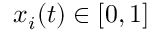
x _ { i } ( t ) \in [ 0 , 1 ]